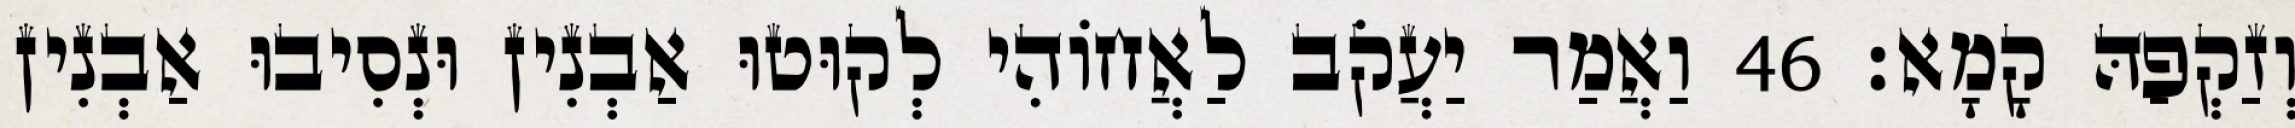
וְזַקְפַהּ קָמָא׃ 46 וַאֲמַר יַעֲקֹב לַאֲחוֹהִי לְקוּטוּ אַבְנִין וּנְסִיבוּ אַבְנִין